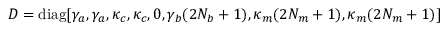
D = \mathrm { d i a g } [ \gamma _ { a } , \gamma _ { a } , \kappa _ { c } , \kappa _ { c } , 0 , \gamma _ { b } ( 2 N _ { b } + 1 ) , \kappa _ { m } ( 2 N _ { m } + 1 ) , \kappa _ { m } ( 2 N _ { m } + 1 ) ]